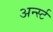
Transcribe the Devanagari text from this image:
अर्न्‍स्ट